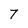
Character: 7